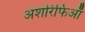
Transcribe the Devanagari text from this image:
अशरिफिआँ